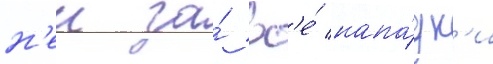
н'еи за́ вс'е́ напа́дк'и